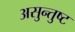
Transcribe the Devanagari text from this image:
असुन्तुष्ट